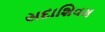
સદાશિવમ